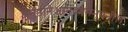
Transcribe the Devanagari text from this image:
अनुष्ठानेआनंदवनभुवनी।।